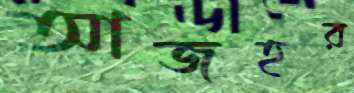
আজহর